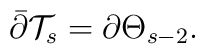
\bar{\partial} \mathcal{T}_s=\partial \Theta_{s-2}.